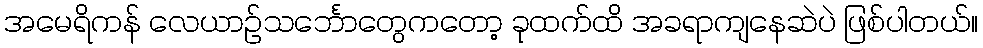
အမေရိကန် လေယာဥ်သင်္ဘောတွေကတော့ ခုထက်ထိ အခရာကျနေဆဲပဲ ဖြစ်ပါတယ်။